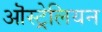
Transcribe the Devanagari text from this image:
ऒस्ट्रेलियन